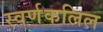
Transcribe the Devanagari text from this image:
स्वर्णकलिल